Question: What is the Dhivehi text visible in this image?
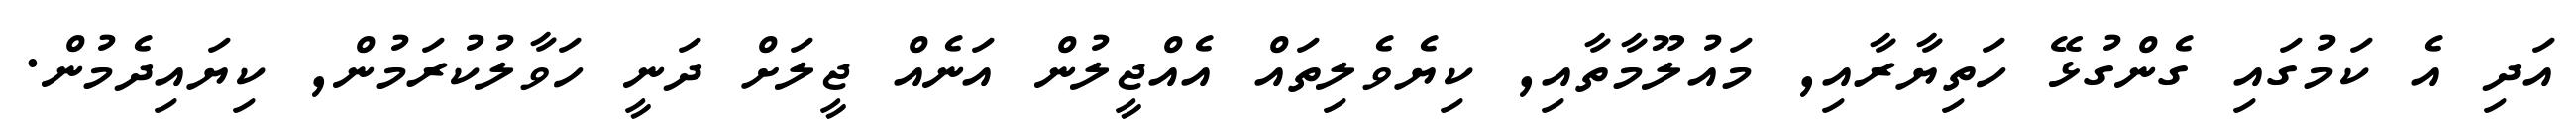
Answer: އަދި އެ ކަމުގައި ގެންގުޅޭ ހަތިޔާރާއި, މައުލޫމާތާއި, ކިޔެވެލިތައް އެއްޖީލުން އަނެއް ޖީލަށް ދަނީ ހަވާލުކުރަމުން, ކިޔައިދެމުން.